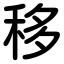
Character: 移